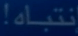
ترباه!